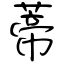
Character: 蒂